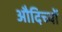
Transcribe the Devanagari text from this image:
औदिच्यों